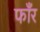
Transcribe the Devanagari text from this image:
फाँर